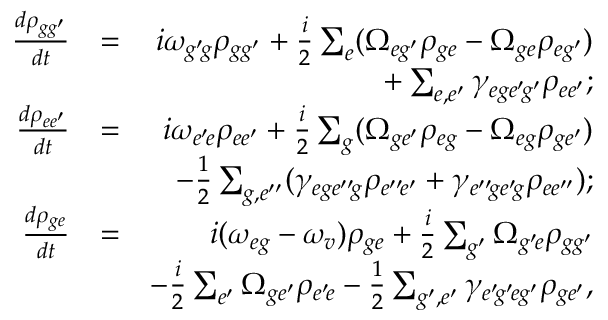
\begin{array} { r l r } { \frac { d \rho _ { g g ^ { \prime } } } { d t } } & { = } & { i \omega _ { g ^ { \prime } \! g } \rho _ { g g ^ { \prime } } + \frac { i } { 2 } \sum _ { e } ( \Omega _ { e g ^ { \prime } } \rho _ { g e } - \Omega _ { g e } \rho _ { e g ^ { \prime } } ) } \\ & { } & { + \sum _ { e , e ^ { \prime } } \gamma _ { e g e ^ { \prime } \! g ^ { \prime } } \rho _ { e e ^ { \prime } } ; } \\ { \frac { d \rho _ { e e ^ { \prime } } } { d t } } & { = } & { i \omega _ { e ^ { \prime } \! e } \rho _ { e e ^ { \prime } } + \frac { i } { 2 } \sum _ { g } ( \Omega _ { g e ^ { \prime } } \rho _ { e g } - \Omega _ { e g } \rho _ { g e ^ { \prime } } ) } \\ & { } & { - \frac { 1 } { 2 } \sum _ { g , e ^ { \prime \prime } } ( \gamma _ { e g e ^ { \prime \prime } \! g } \rho _ { e ^ { \prime \prime } \! e ^ { \prime } } + \gamma _ { e ^ { \prime \prime } \! g e ^ { \prime } \! g } \rho _ { e e ^ { \prime \prime } } ) ; } \\ { \frac { d \rho _ { g e } } { d t } } & { = } & { i ( \omega _ { e g } - \omega _ { v } ) \rho _ { g e } + \frac { i } { 2 } \sum _ { g ^ { \prime } } \Omega _ { g ^ { \prime } \! e } \rho _ { g g ^ { \prime } } } \\ & { } & { - \frac { i } { 2 } \sum _ { e ^ { \prime } } \Omega _ { g e ^ { \prime } } \rho _ { e ^ { \prime } \! e } - \frac { 1 } { 2 } \sum _ { g ^ { \prime } , e ^ { \prime } } \gamma _ { e ^ { \prime } \! g ^ { \prime } \! e g ^ { \prime } } \rho _ { g e ^ { \prime } } , } \end{array}